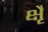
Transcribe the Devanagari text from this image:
क्षैृ